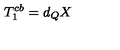
T _ { 1 } ^ { c b } = d _ { Q } X